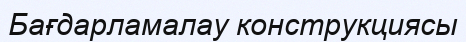
Бағдарламалау конструкциясы